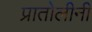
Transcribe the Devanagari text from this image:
प्रातोलीनी